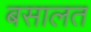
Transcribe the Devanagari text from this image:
बसालत